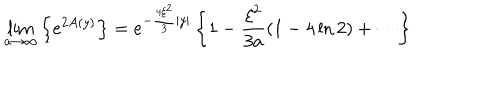
LaTeX: \lim _ { a \rightarrow \infty } \left\{ e ^ { 2 A ( y ) } \right\} = e ^ { - \frac { 4 \xi ^ { 2 } } { 3 } | y | } \left\{ 1 - \frac { \xi ^ { 2 } } { 3 a } ( 1 - 4 \ln 2 ) + \cdots \right\}